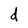
Character: d